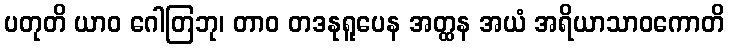
ပတုတိ ယာဝ ဂေါတြဘု၊ တာဝ တဒနုရူပေန အတ္ထန အယံ အရိယာသာဝကောတိ